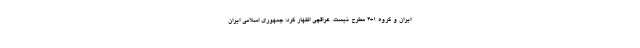
ایران و گروه 1+4 مطرح نیست. عراقچی اظهار کرد: جمهوری اسلامی ایران